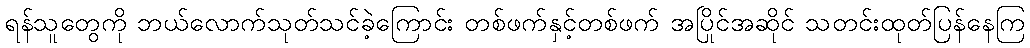
ရန်သူတွေကို ဘယ်လောက်သုတ်သင်ခဲ့ကြောင်း တစ်ဖက်နှင့်တစ်ဖက် အပြိုင်အဆိုင် သတင်းထုတ်ပြန်နေကြ